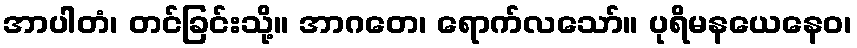
အာပါတံ၊ တင်ခြင်းသို့။ အာဂတေ၊ ရောက်လသော်။ ပုရိမနယေနေဝ၊